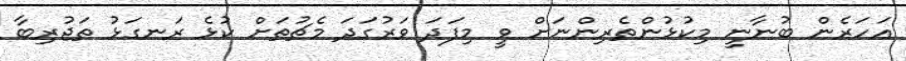
އަހަރެން ބުނާނީ މިކުޅުންތެރިންނަށް ވީ މިފަދަ ވަރުގަދަ މެޗުތަށް ކުޅެ ރަނގަޅު ތަޖުރިބާ